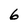
Character: 6